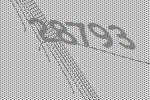
28793